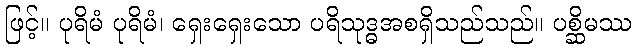
ဖြင့်။ ပုရိမံ ပုရိမံ၊ ရှေးရှေးသော ပရိသုဒ္ဓအစရှိသည်သည်။ ပစ္ဆိမဿ